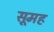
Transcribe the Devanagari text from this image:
सूमह